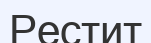
Рестит